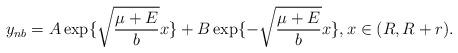
LaTeX: \begin{align*}y_{nb}=A \exp\{ \sqrt{\frac{\mu+E}{b}}x\}+B \exp\{ - \sqrt{\frac{\mu+E}{b}}x\}, x\in (R,R+r).\end{align*}